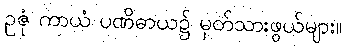
ဥဇုံ ကာယံ ပဏိဓာယ၌ မှတ်သားဖွယ်များ။